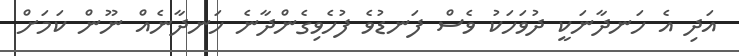
އަދި އެ ހަނދާނަކީ ދުވަހަކު ވެސް ފަނޑުވެ ފުހެވިގެންދާނެ ހަނދާނެއް ނޫން ކަމަށް